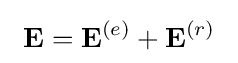
\ \mathbf {E} =\mathbf {E} ^{(e)}+\mathbf {E} ^{(r)}\